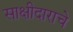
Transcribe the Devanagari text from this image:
साक्षीदाराचे